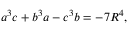
a ^ { 3 } c + b ^ { 3 } a - c ^ { 3 } b = - 7 R ^ { 4 } ,